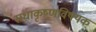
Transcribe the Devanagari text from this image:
राधाकृष्णविषयक